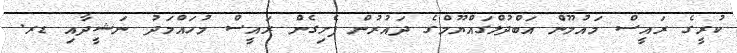
ކުރީގެ ރައީސް މައުމޫން އަބްދުލްގައްޔޫމްގެ ދައުރުން ފެށިގެން ރައީސް މުހައްމަދު ނަޝީދާއި ޑރ.